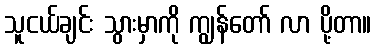
သူငယ်ချင်း သွားမှာကို ကျွန်တော် လာ ပို့တာ။